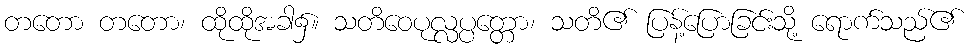
တတော တတော၊ ထိုထိုအခါ၌။ သတိဝေပုလ္လပ္ပတ္တော၊ သတိ၏ ပြန့်ပြောခြင်းသို့ ရောက်သည်၏